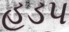
હડપ